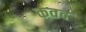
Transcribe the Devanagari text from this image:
कवद